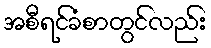
အစီရင်ခံစာတွင်လည်း